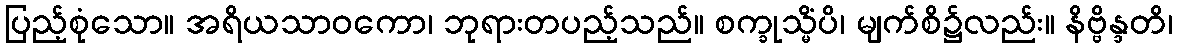
ပြည့်စုံသော။ အရိယသာဝကော၊ ဘုရားတပည့်သည်။ စက္ခုသ္မိံပိ၊ မျက်စိ၌လည်း။ နိဗ္ဗိန္ဒတိ၊